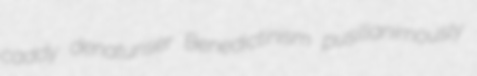
caddy denaturiser Benedictinism pusillanimously